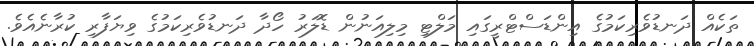
ތަކެއް ދަނޑުވެރިކަމުގެ އިންޑަސްޓްރީގައި މަލްޓި މިލިއަނުން ޑޮލަރު ހޯދާ ދަނޑުވެރިކަމުގެ ވިޔަފާރި ކުރާނެއެވެ.